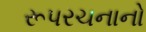
રૂપરચનાનો